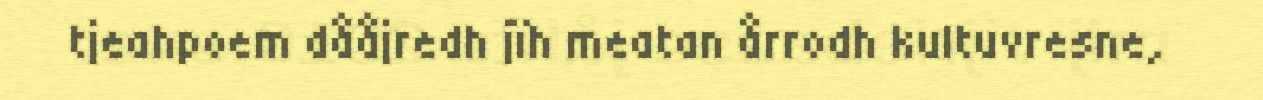
tjeahpoem dååjredh jïh meatan årrodh kultuvresne,